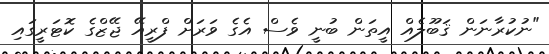
"ނުކުރާނަން ޤަބޫލެއް އީތަން ބުނީ ވެސް އެގެ ވަރަށް ފްރީއޭ ޖޭޒްގެ ކޮޓަރީގައި